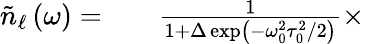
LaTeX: \begin{array}{rlr}{\tilde{n}_{\ell}\left(\omega\right)=}&{{}}&{\frac{1}{1+\Delta\exp\left(-\omega_{0}^{2}\tau_{0}^{2}/2\right)}\times}\end{array}